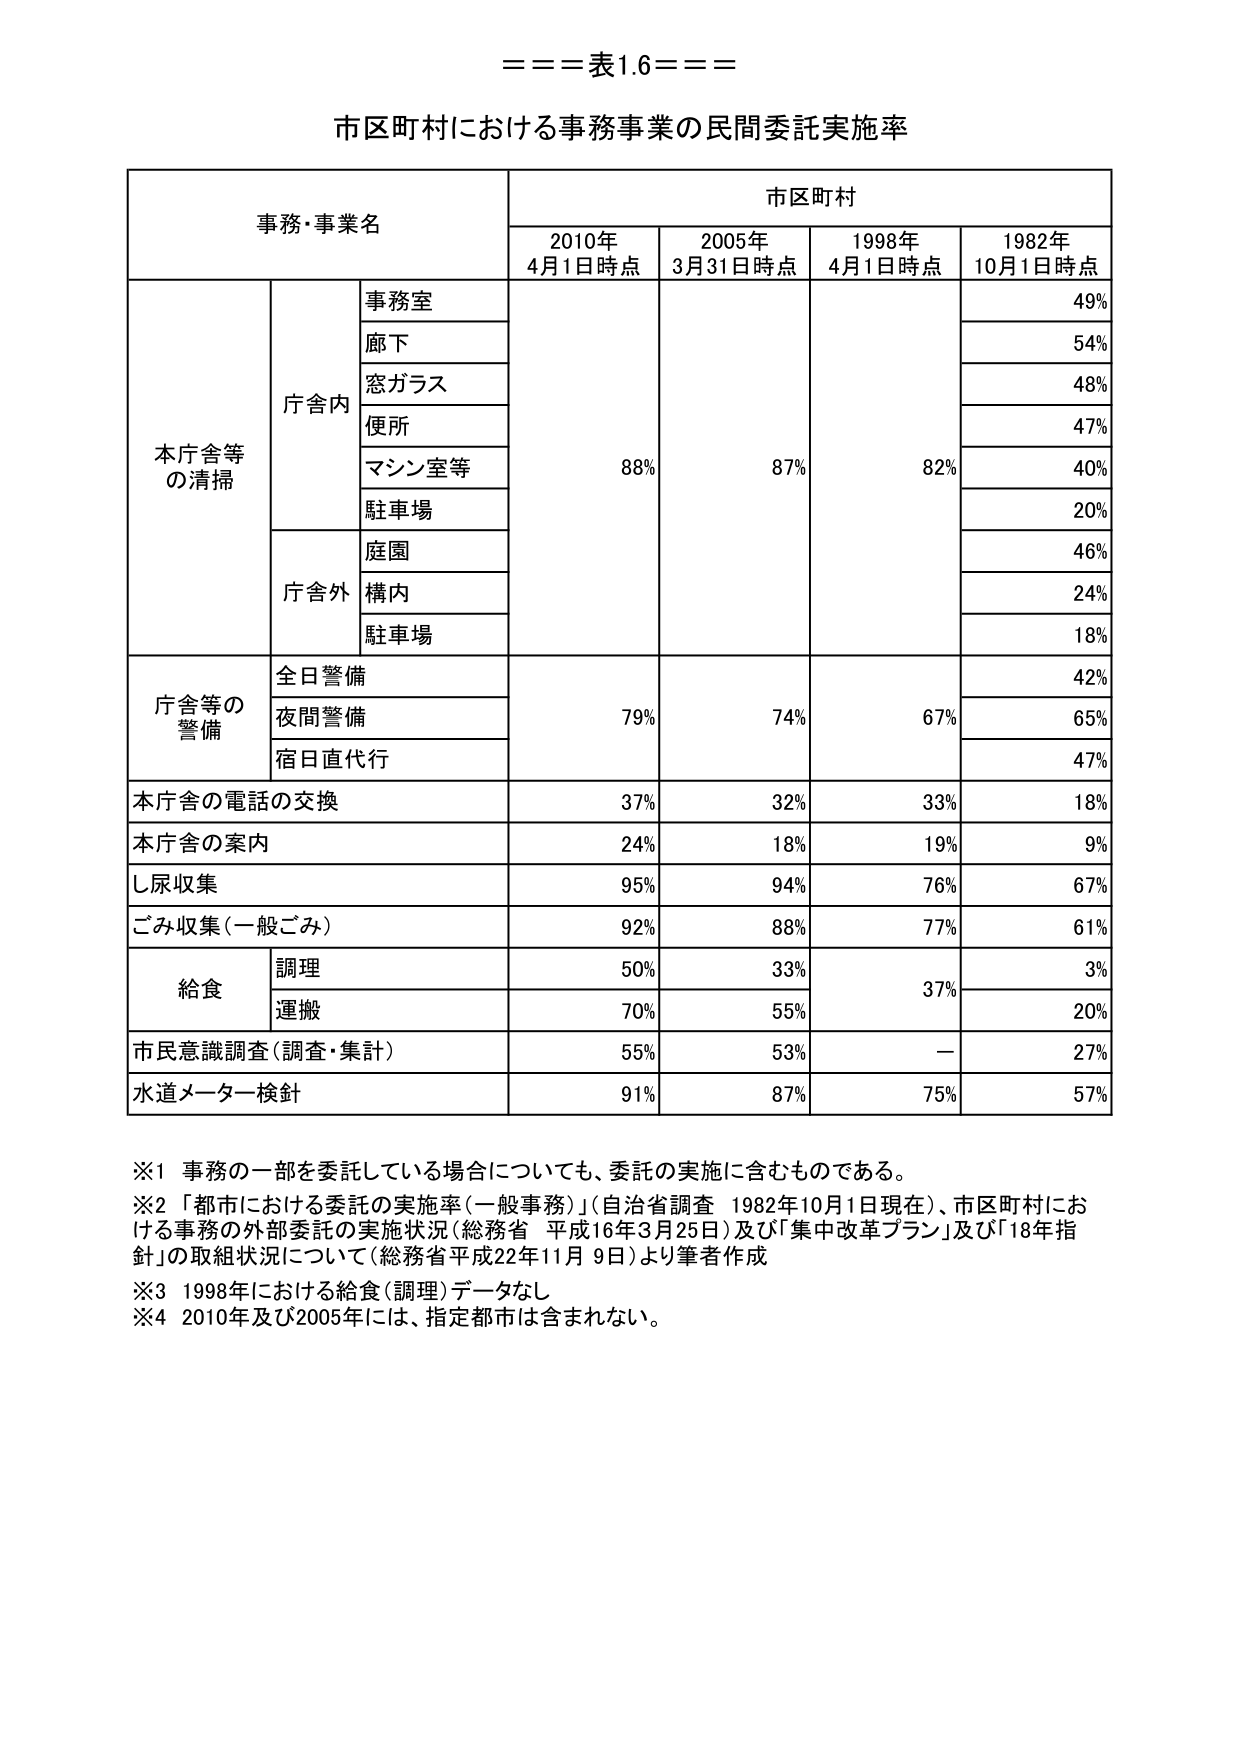
===表1.6===

市区町村における事務事業の民間委託実施率

事務・事業名　　　　　　　　　　　　　　　　　　　　　　　市区町村
　　　　　　　　　　　　　　　　　　　　　2010年　　　2005年　　　1998年　　　1982年
　　　　　　　　　　　　　　　　　　　　　4月1日時点　3月31日時点　4月1日時点　10月1日時点

本庁舎等
の清掃